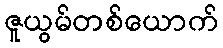
ဇူယွမ်တစ်ယောက်